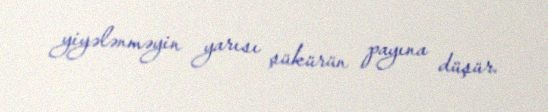
yiyələnməyin yarısı şükürün payına düşür.